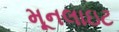
મૂનલાઇટ